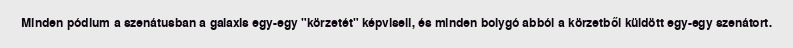
Minden pódium a szenátusban a galaxis egy-egy "körzetét" képviseli, és minden bolygó abból a körzetből küldött egy-egy szenátort.